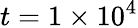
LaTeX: t=1\times 10^{4}